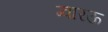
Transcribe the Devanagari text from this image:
ग्वारऊ